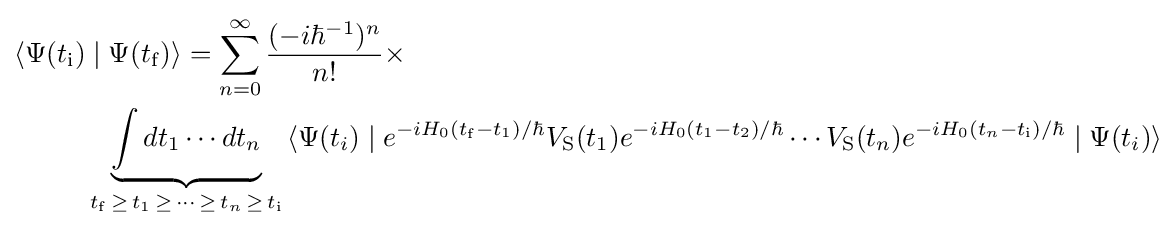
{\begin{aligned}\langle \Psi (t_{\rm {i}})&\mid \Psi (t_{\rm {f}})\rangle =\sum _{n=0}^{\infty }{(-i\hbar ^{-1})^{n} \over n!}\times \\&\underbrace {\int dt_{1}\cdots dt_{n}} _{t_{\rm {f}}\,\geq \,t_{1}\,\geq \,\cdots \,\geq \,t_{n}\,\geq \,t_{\rm {i}}}\,\langle \Psi (t_{i})\mid e^{-iH_{0}(t_{\rm {f}}-t_{1})/\hbar }V_{\rm {S}}(t_{1})e^{-iH_{0}(t_{1}-t_{2})/\hbar }\cdots V_{\rm {S}}(t_{n})e^{-iH_{0}(t_{n}-t_{\rm {i}})/\hbar }\mid \Psi (t_{i})\rangle \end{aligned}}